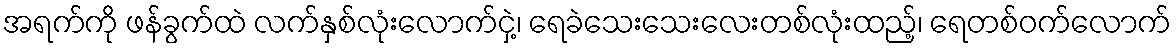
အရက်ကို ဖန်ခွက်ထဲ လက်နှစ်လုံးလောက်ငှဲ့၊ ရေခဲသေးသေးလေးတစ်လုံးထည့်၊ ရေတစ်ဝက်လောက်